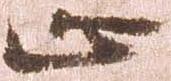
止